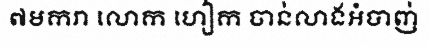
៧មករា លោក ហៀក ចាន់លាងអំបាញ់